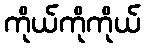
ကိုယ်ကိုကိုယ်